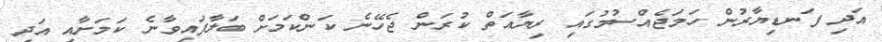
އަދި ފަނޑިޔާރުން ހަމަޖެއްސުމުގައި ރިޔާއަތް ކުރަން ޖެހޭނެ ކަންކަމަށް ބަލާފައިވާނެ ކަމަށާއި އަދި